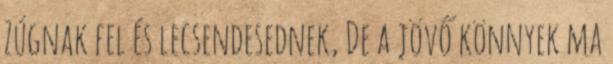
Zúgnak fel és lecsendesednek, De a jövő könnyek ma